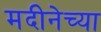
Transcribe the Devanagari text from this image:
मदीनेच्या